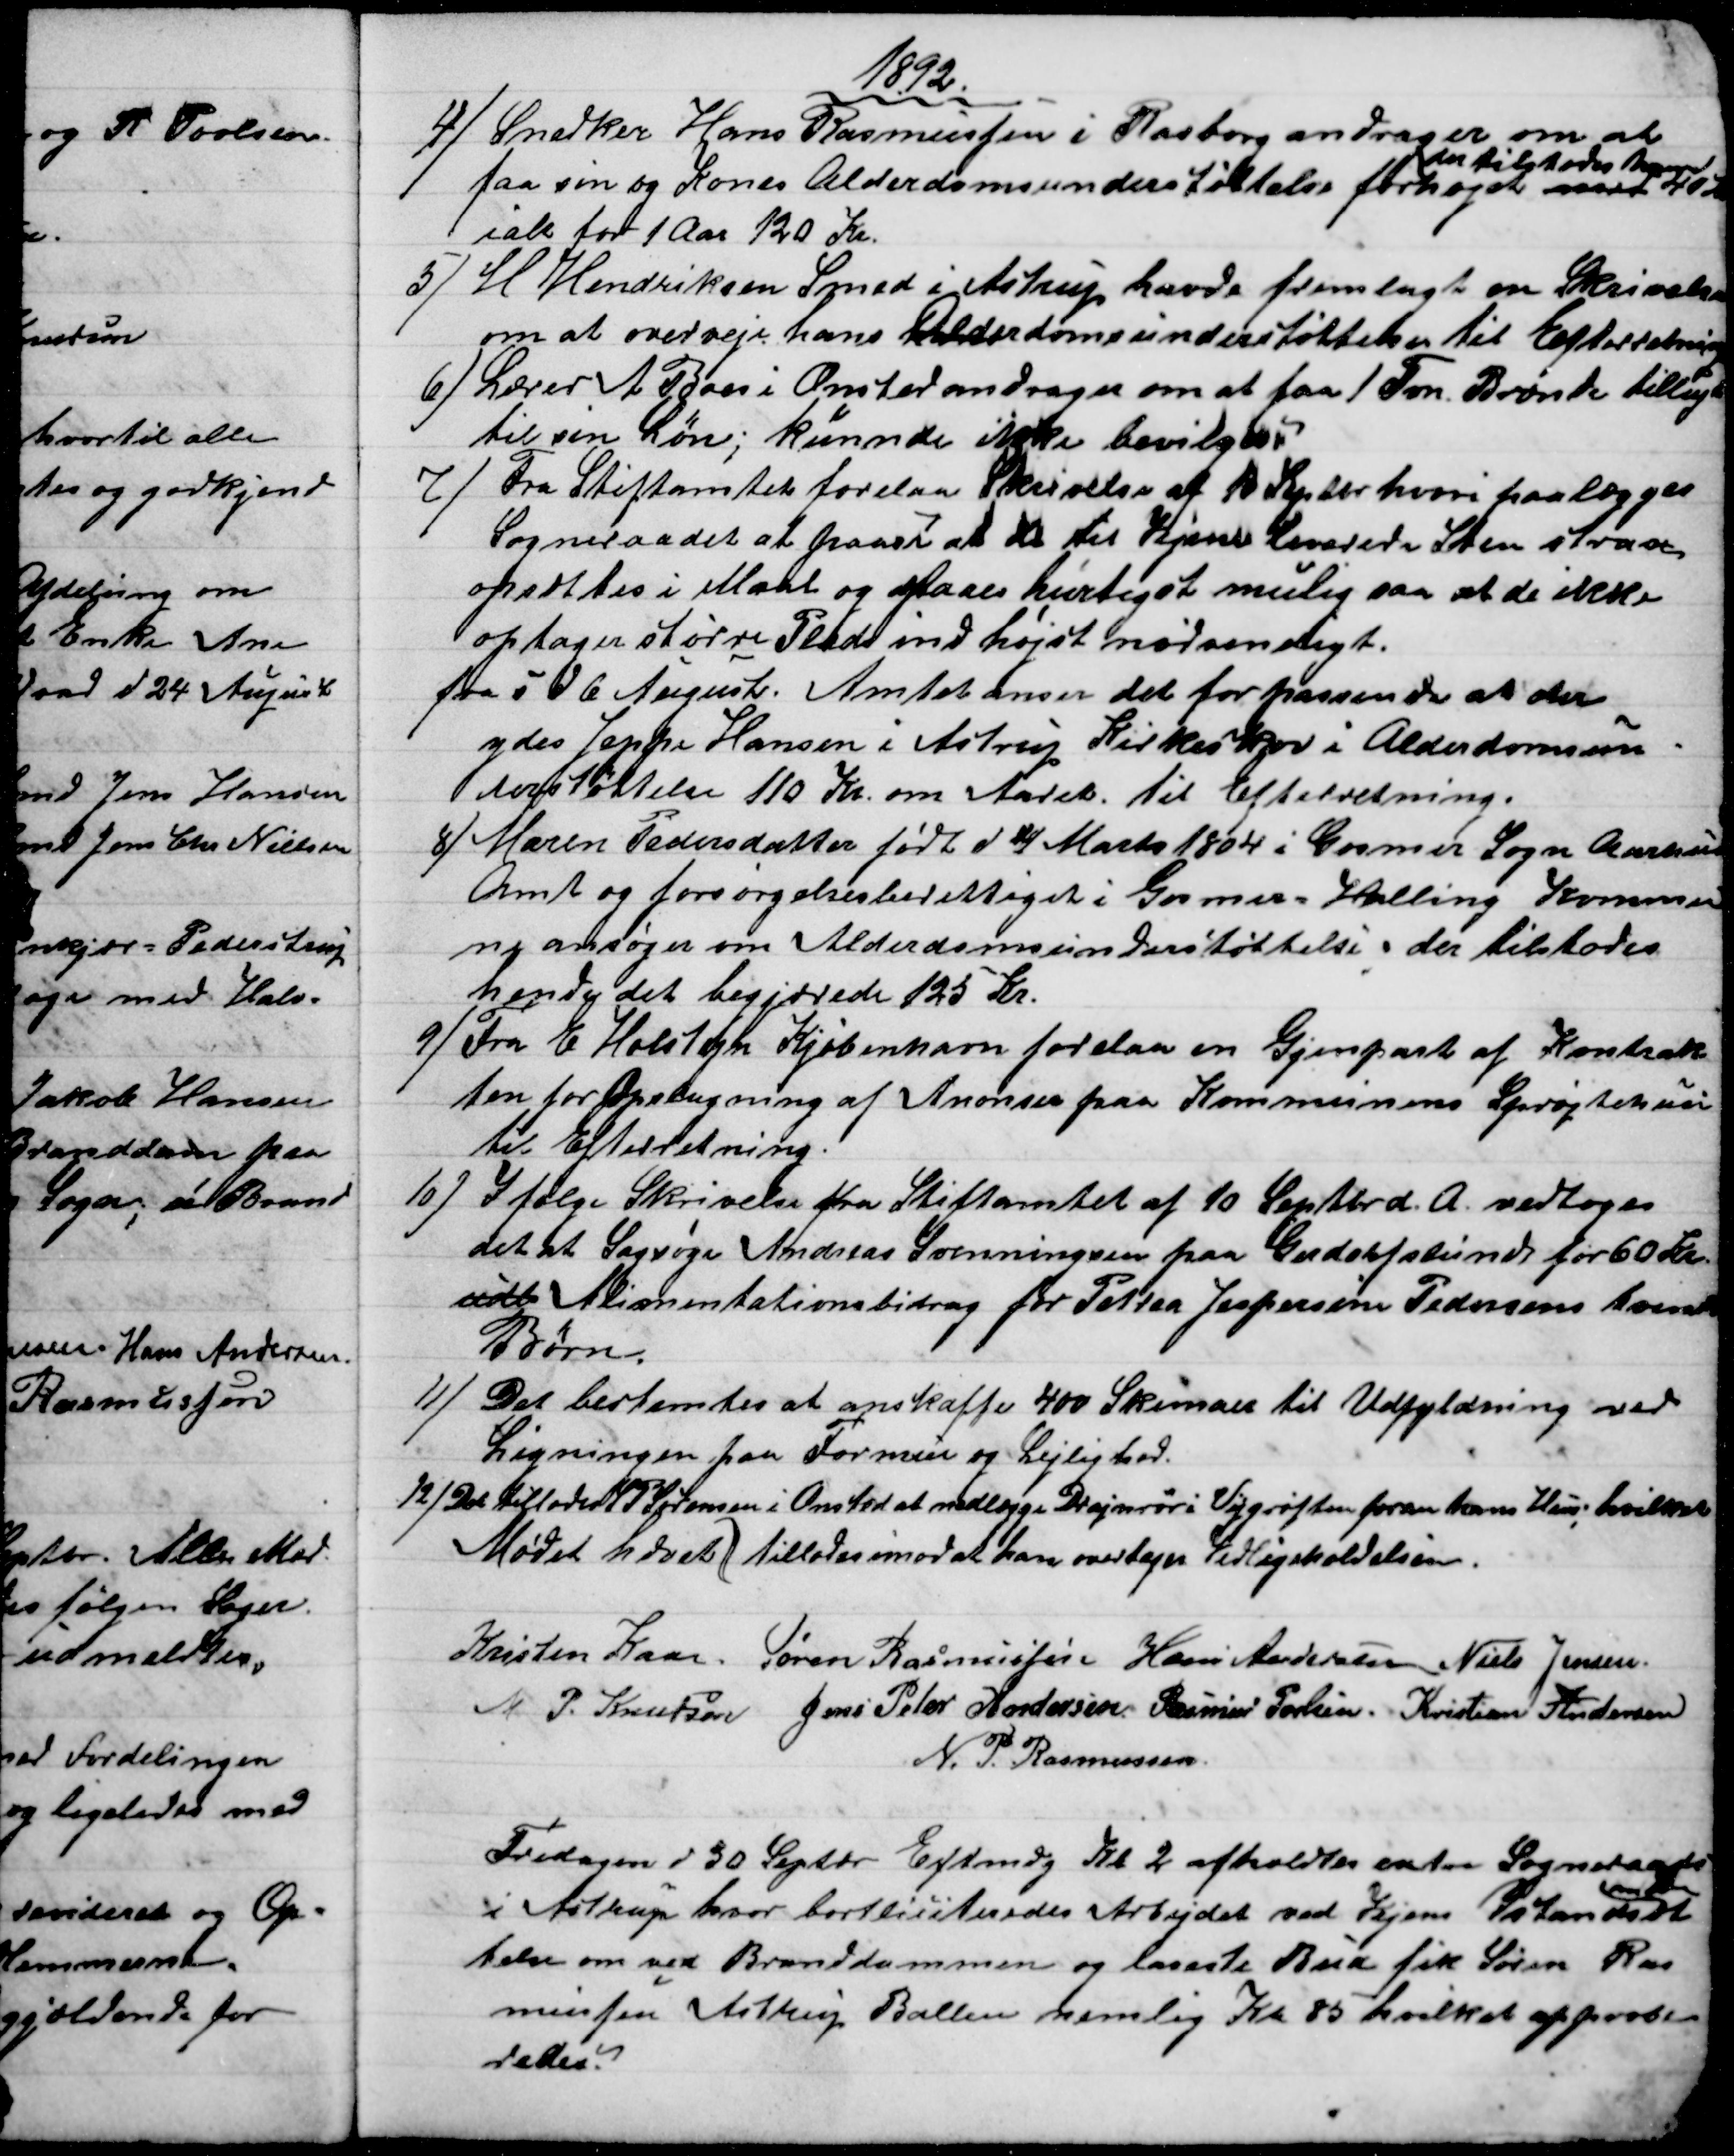
Transskription:
1892.
4) 
Snedker Hans Rasmussen i Rasborg andrager om at
faa sin og Kones Alderdomsunderstøttelse forhøjet med 
der tilstodes ham
40 Kr
ialt for 1 Aar 120 Kr.
5) 
H Hendriksen Smed i Astrup havde fremlagt en Skrivelse
om at overveje hans Alderdomsunderstøttelse til Efterretning
6) 
Lærer A. Boas i Onsted andrager om at faa 1 Fvn Brænde tillige
til sin Løn, kunne ikke bevilges.
7) 
Fra Stiftamtet forelaa Skrivelse af 10 Septbr hvori paalægges
Sogneraadet at paase at de til Vejene leverede Sten strax
opsættes i Maal og slaaes hurtigst mulig saa at de ikke
optager større Plads ind højst nødvendigt.
fra i d 6 August. Amtet anser det for passende at der
ydes Jeppe Hansen i Astrup Kirkeskov i Alderdomsun
derstøttelse 110 Kr. om Aaret. til Efterretning.
8) 
Maren Pedersdatter født d 4 Marts 1804 i Gosmer Sogn Aarhus
Amt og forsørgelsesberettiget i Gosmer = Halling Kommu
ne ansøger om Alderdomsunderstøttelse; der tilstodes
hende det begjærede 125 Kr.
9)
Fra E. Holstejn Kjøbenhavn forelaa en Gjenpart af Kontrak
ten for Opslagning af Anonser paa Kommunens Sprøjtehus
til Efterretning.
10) 
I følge Skrivelse fra Stiftamtet af 10 Septbr d. A. vedtoges
det at Sagsøge Andreas Svenningsen paa Gerdorfslund for 60 Kr.
udt Alimentationsbidrag for Petrea Jespersine Pedersens tvende
Børn
11)
Det bestemtes at anskaffe 400 Skemaer til Udfyldning ved
Ligningen paa Formue og Lejlighed.
12)  Det tillodes S P Sørensen i Onsted at nedlægge Drajnrør i Vejgrøften foran hans Hus, hvilket
tillodes imod at han overtager Vedligeholdelsen.
Mødet hævet     
Kristen Kaae Søren Rasmussen Hans Andersen Niels Jensen
M. P. Knudsen Jens Peter Andersen Rasmus Povlsen. Kristian Andersen
N. P. Rasmussen
Fredagen d 30 Septbr. Eftmdg Kl. 2 afholdtes extra Sogneraads
møde
i Astrup hvor bortliciteredes Arbejdet ved Vejenes Istandsæt
telse om ved Branddammen og laveste Bud fik Søren Ras
mussen Astrup Ballen nemlig Kr 85 hvilket approbe
redes.